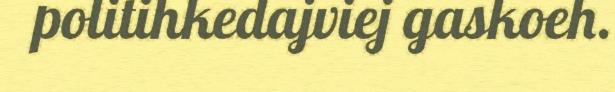
politihkedajviej gaskoeh.